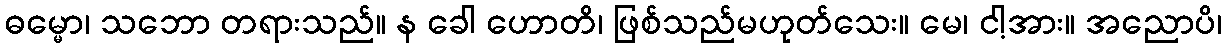
ဓမ္မော၊ သဘော တရားသည်။ န ခေါ ဟောတိ၊ ဖြစ်သည်မဟုတ်သေး။ မေ၊ ငါ့အား။ အညောပိ၊